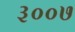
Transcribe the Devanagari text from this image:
३००७